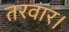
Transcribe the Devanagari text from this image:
तरवार।